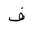
Letter: _fa